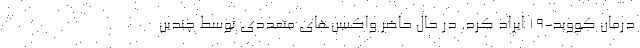
درمان کووید-۱۹ ایراد کرد. در حال حاضر واکسن‌های متعددی توسط چندین